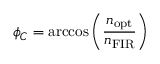
\phi _ { C } = \operatorname { a r c c o s } \left( \frac { n _ { \mathrm { o p t } } } { n _ { \mathrm { F I R } } } \right)